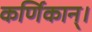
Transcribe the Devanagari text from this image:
कर्णिकान्‌।